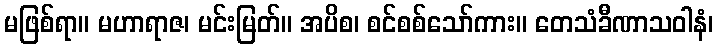
မဖြစ်ရာ။ မဟာရာဇ၊ မင်းမြတ်။ အပိစ၊ စင်စစ်သော်ကား။ တေသံခီဏာသဝါနံ၊